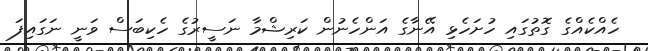
ހެއްކެއްގެ ގޮތުގައި ހުށަހެޅި އޭނާގެ އަންހެނުން ކަރިޝްމާ ނަސީރުގެ ހެކިބަސް ވަނީ ނަގައިފަ